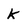
Character: K